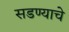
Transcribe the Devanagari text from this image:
सडण्याचे